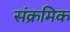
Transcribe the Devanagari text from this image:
संक्रमिक